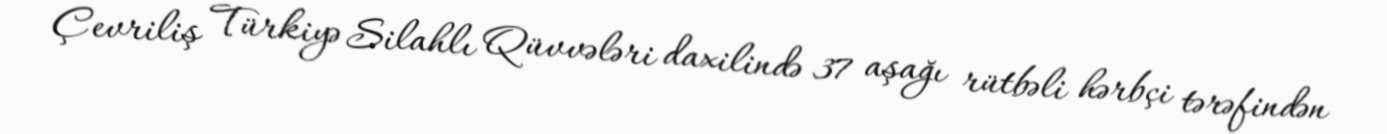
Çevriliş Türkiyə Silahlı Qüvvələri daxilində 37 aşağı rütbəli hərbçi tərəfindən